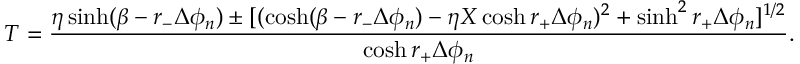
T = { \frac { \eta \sinh ( \beta - r _ { - } \Delta \phi _ { n } ) \pm [ ( \cosh ( \beta - r _ { - } \Delta \phi _ { n } ) - \eta X \cosh r _ { + } \Delta \phi _ { n } ) ^ { 2 } + \sinh ^ { 2 } r _ { + } \Delta \phi _ { n } ] ^ { 1 / 2 } } { \cosh r _ { + } \Delta \phi _ { n } } } .